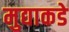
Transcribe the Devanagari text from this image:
मुद्याकडे